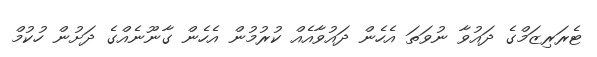
ޓެރަރިޒަމްގެ ދައުވާ ނުވަތަ އެހެން ދައުވާއެއް ކުރުމުން އެހެން ގާނޫނެއްގެ ދަށުން ހުކުމް